Vaccination North-Western Provinces 1866-1877 - 1866-1877
Year: 1866
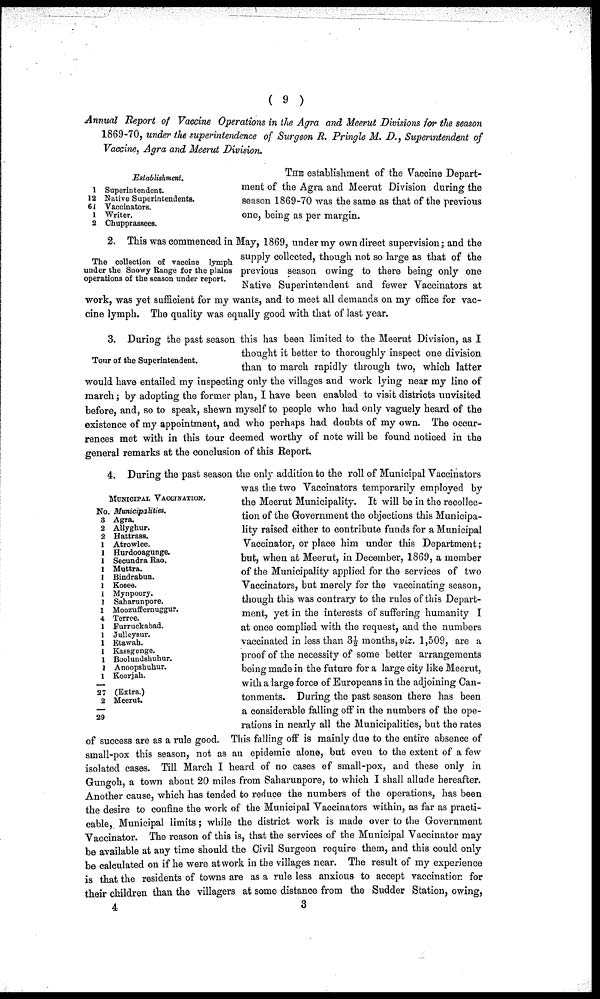
( 9 )
Annual Report of Vaccine Operations in the Agra and Meerut Divisions for the season
1869-70, under the superintendence of Surgeon R. Pringle M. D., Superintendent of
Vaccine, Agra and Meerut Division.
1
12
61
1
2
Establishment.
Superintendent.
Native Superintendents.
Vaccinators.
Writer.
Chupprassees.
THE establishment of the Vaccine Depart-
ment of the Agra and Meerut Division during the
season 1869-70 was the same as that of the previous
one, being as per margin.
The collection of vaccine lymph
under the Snowy Range for the plains
operations of the season under report.
2. This was commenced in May, 1869, under my own direct supervision; and the
supply collected, though not so large as that of the
previous season owing to there being only one
Native Superintendent and fewer Vaccinators at
work, was yet sufficient for my wants, and to meet all demands on my office for vac-
cine lymph. The quality was equally good with that of last year.
Tour of the Superintendent.
3. During the past season this has been limited to the Meerut Division, as I
thought it better to thoroughly inspect one division
than to march rapidly through two, which latter
would have entailed my inspecting only the villages and work lying near my line of
march; by adopting the former plan, I have been enabled to visit districts unvisited
before, and, so to speak, shewn myself to people who had only vaguely heard of the
existence of my appointment, and who perhaps had doubts of my own. The occur-
rences met with in this tour deemed worthy of note will be found noticed in the
general remarks at the conclusion of this Report.
MUNICIPAL VACCINATION.
No. Municipalities.
3
2
2
1
1
1
1
I
1
1
1
1
4
1
1
1
1
1
1
1
27
2
29
Agra.
Allyghur.
Hattrass.
Atrowlee.
Hurdooagunge.
Secundra Rao.
Muttra.
Bindrabun.
Kosee.
Mynpoory.
Saharunpore.
Moozuffiernuggur.
Terrce.
Furruckabad.
Julleysur.
Etawah.
Kassgnnge.
Boolundshuhar.
Anoopshuhur.
Koorjah.
(Extra.)
Meerut.
4. During the past season the only addition to the roll of Municipal Vaccinators
was the two Vaccinators temporarily employed by
the Meerut Municipality. It will be in the recollec-
tion of the Government the objections this Municipa-
lity raised either to contribute funds for a Municipal
Vaccinator, or place him under this Department;
but, when at Meerut, in December, 1869, a member
of the Municipality applied for the services of two
Vaccinators, but merely for the vaccinating season,
though this was contrary to the rules of this Depart-
ment, yet in the interests of suffering humanity I
at once complied with the request, and the numbers
vaccinated in less than 3½ months, viz. 1,509, are a
proof of the necessity of some better arrangements
being made in the future for a large city like Meerut,
with a large force of Europeans in the adjoining Can-
tonments. During the past season there has been
a considerable falling off in the numbers of the ope-
rations in nearly all the Municipalities, but the rates
of success are as a rule good. This falling off is mainly due to the entire absence of
small-pox this season, not as an epidemic alone, but even to the extent of a few
isolated cases. Till March I heard of no cases of small-pox, and these only in
Gungoh, a town about 20 miles from Saharunpore, to which I shall allude hereafter.
Another cause, which has tended to reduce the numbers of the operations, has been
the desire to confine the work of the Municipal Vaccinators within, as far as practi-
cable, Municipal limits; while the district work is made over to the Government
Vaccinator. The reason of this is, that the services of the Municipal Vaccinator may
be available at any time should the Civil Surgeon require them, and this could only
be calculated on if he were at work in the villages near. The result of my experience
is that the residents of towns are as a rule less anxious to accept vaccination for
their children than the villagers at some distance from the Sudder Station, owing,
4
3